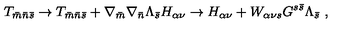
T _ { { \bar { m } } { \bar { n } } { \bar { s } } } \rightarrow T _ { { \bar { m } } { \bar { n } } { \bar { s } } } + \nabla _ { \bar { m } } \nabla _ { \bar { n } } \Lambda _ { \bar { s } } H _ { \alpha \nu } \rightarrow H _ { \alpha \nu } + W _ { \alpha \nu s } G ^ { s { \bar { s } } } \Lambda _ { \bar { s } } \ ,